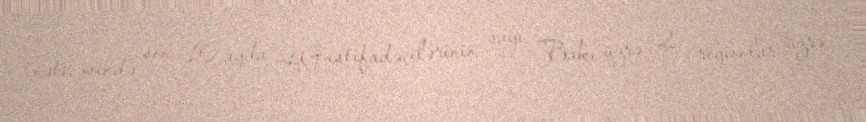
nəticəsində son 10 ayda 4G istifadəçilərinin sayı Bakı üzrə 2, regionlar üzrə